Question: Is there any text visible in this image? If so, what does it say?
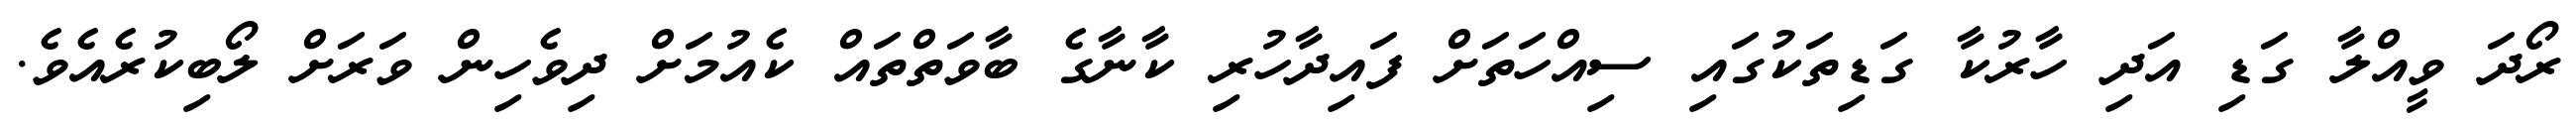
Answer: ރޯދަ ވީއްލާ ގަޑި އަދި ހާރުކާ ގަޑިތަކުގައި ސިއްހަތަށް ފައިދާހުރި ކާނާގެ ބާވަތްތައް ކެއުމަށް ދިވެހިން ވަރަށް ލޯބިކުރެއެވެ.